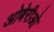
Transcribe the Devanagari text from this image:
ओबेरीओ